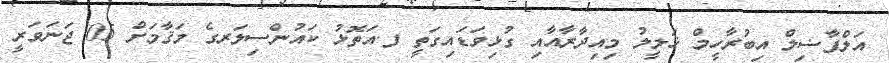
އަލްފާޟިލް އިބުރާހީމް ޚަލީލު މިއިދާރާއާއި ގުޅިވަޑައިގަތީ ފ.އަތޮޅު ކައުންސިލަރގެ މަޤާމަށް 05 ޖަނަވަރީ